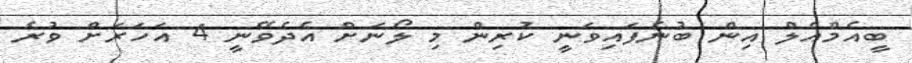
ބީއެމްއެލް އިން ބުނެފައިވަނީ ކުރިން މި ލޯނަށް އެދެވޭނީ 4 އަހަރަށް ވުރެ